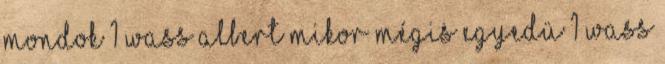
mondok 1 Wass Albert Mikor mégis egyedü 1 Wass